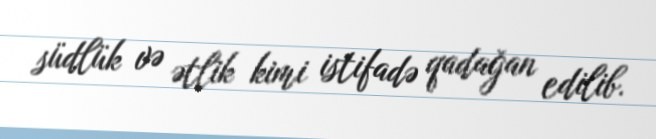
südlük və ətlik kimi istifadə qadağan edilib.